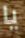
يا